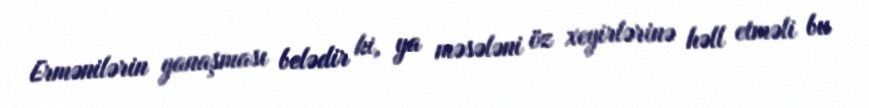
Ermənilərin yanaşması belədir ki, ya məsələni öz xeyirlərinə həll etməli bu